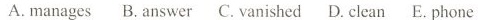
A. manages B. Answer C. VanishedD. Clean E. Phone .